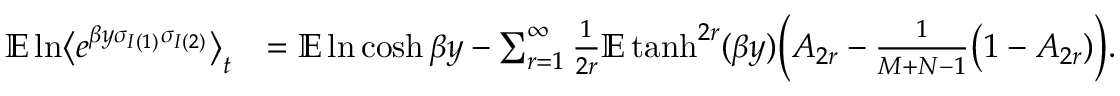
\begin{array} { r l } { \mathbb E \ln \bigl \langle e ^ { \beta y \sigma _ { I ( 1 ) } \sigma _ { I ( 2 ) } } \bigr \rangle _ { t } } & { = \mathbb E \ln \cosh \beta y - \sum _ { r = 1 } ^ { \infty } \frac { 1 } { 2 r } \mathbb E \operatorname { t a n h } ^ { 2 r } ( \beta y ) \Bigl ( A _ { 2 r } - \frac { 1 } { M + N - 1 } \bigl ( 1 - A _ { 2 r } ) \Bigr ) . } \end{array}